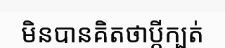
មិនបានគិតថាប្តីក្បត់